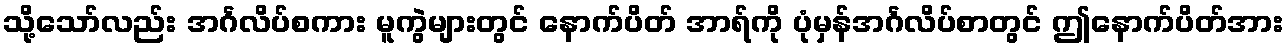
သို့သော်လည်း အင်္ဂလိပ်စကား မူကွဲများတွင် နောက်ပိတ် အာရ်ကို ပုံမှန်အင်္ဂလိပ်စာတွင် ဤနောက်ပိတ်အား